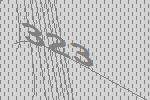
323